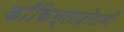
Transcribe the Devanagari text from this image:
काँकिस्तादोरांनी